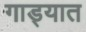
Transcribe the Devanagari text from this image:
गाड्यात